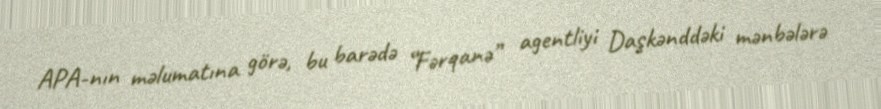
APA-nın məlumatına görə, bu barədə “Fərqanə” agentliyi Daşkənddəki mənbələrə